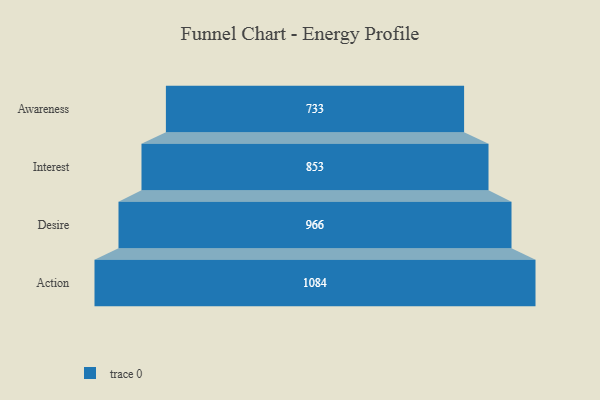
{"axis": {"x": "Stage", "y": "Value"}, "legend": [""], "data": [{"x": "Awareness", "y": 733.0, "type": ""}, {"x": "Interest", "y": 853.0, "type": ""}, {"x": "Desire", "y": 966.0, "type": ""}, {"x": "Action", "y": 1084.0, "type": ""}]}